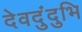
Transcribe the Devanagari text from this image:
देवदुंदुभि